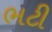
ભટી